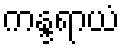
ကန္ဒရာယံ